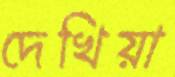
দেখিয়া